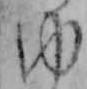
ゆ